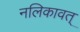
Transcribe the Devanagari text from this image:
नलिकावत्‌